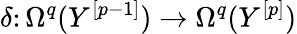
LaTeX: \delta\colon\Omega^{q}(Y^{[p-1]})\to\Omega^{q}(Y^{[p]})